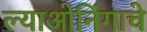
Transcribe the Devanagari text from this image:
ल्याओनिंगाचे